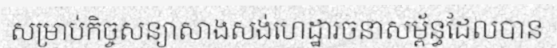
សម្រាប់កិច្ចសន្យាសាងសង់ហេដ្ឋារចនាសម្ព័ន្ធដែលបាន